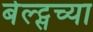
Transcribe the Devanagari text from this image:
बेल्ट्सच्या